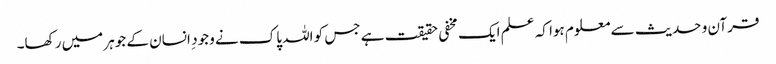
قرآن و حدیث سے معلوم ہوا کہ علم ایک مخفی حقیقت ہے جس کو اللہ پاک نے وجود ِ انسان کے جوہر میں رکھا۔